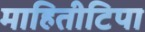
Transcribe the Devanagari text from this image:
माहितीटिपा